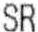
SR